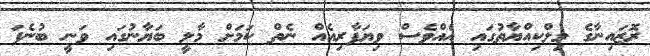
ރޮޒައިނާގެ މިލްކިއްޔާތުގައި އެއްވެސް ވިޔަފާރިއެއް ނެތް ކަމަށް މާލީ ބަޔާނުގައި ވަނީ ބުނެފަ